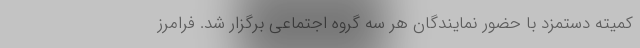
کمیته دستمزد با حضور نمایندگان هر سه گروه اجتماعی برگزار شد. فرامرز